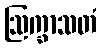
ဩက္ခာသတံ